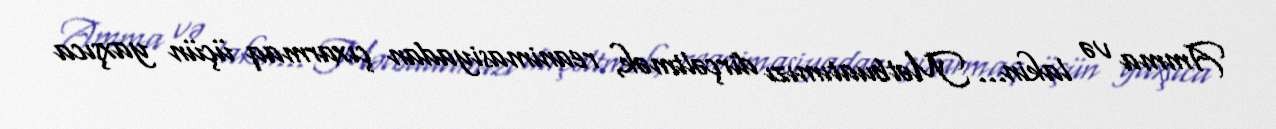
Amma və lakin... Mətbuatımızı dirçəltmək, reanimasiyadan çıxarmaq üçün yaxşıca